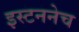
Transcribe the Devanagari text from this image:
इस्टननेच